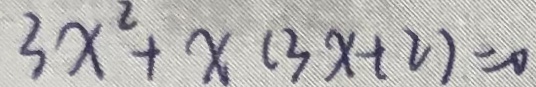
3 x ^ { 2 } + x ( 3 x + 2 ) = 0